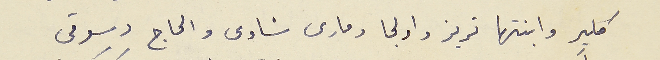
كلير وابنتها تريز واولجا ومارى شاوى والحاج دسوقى